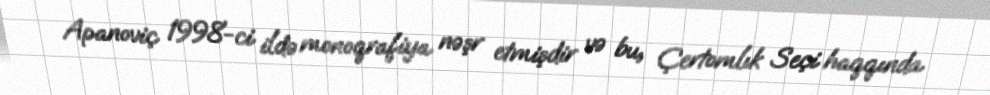
Apanoviç 1998-ci ildə monoqrafiya nəşr etmişdir və bu, Çertomlık Seçi haqqında